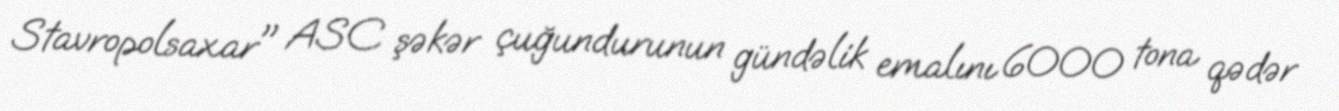
Stavropolsaxar" ASC şəkər çuğundurunun gündəlik emalını 6000 tona qədər